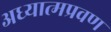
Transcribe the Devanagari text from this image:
अध्यात्मप्रवण